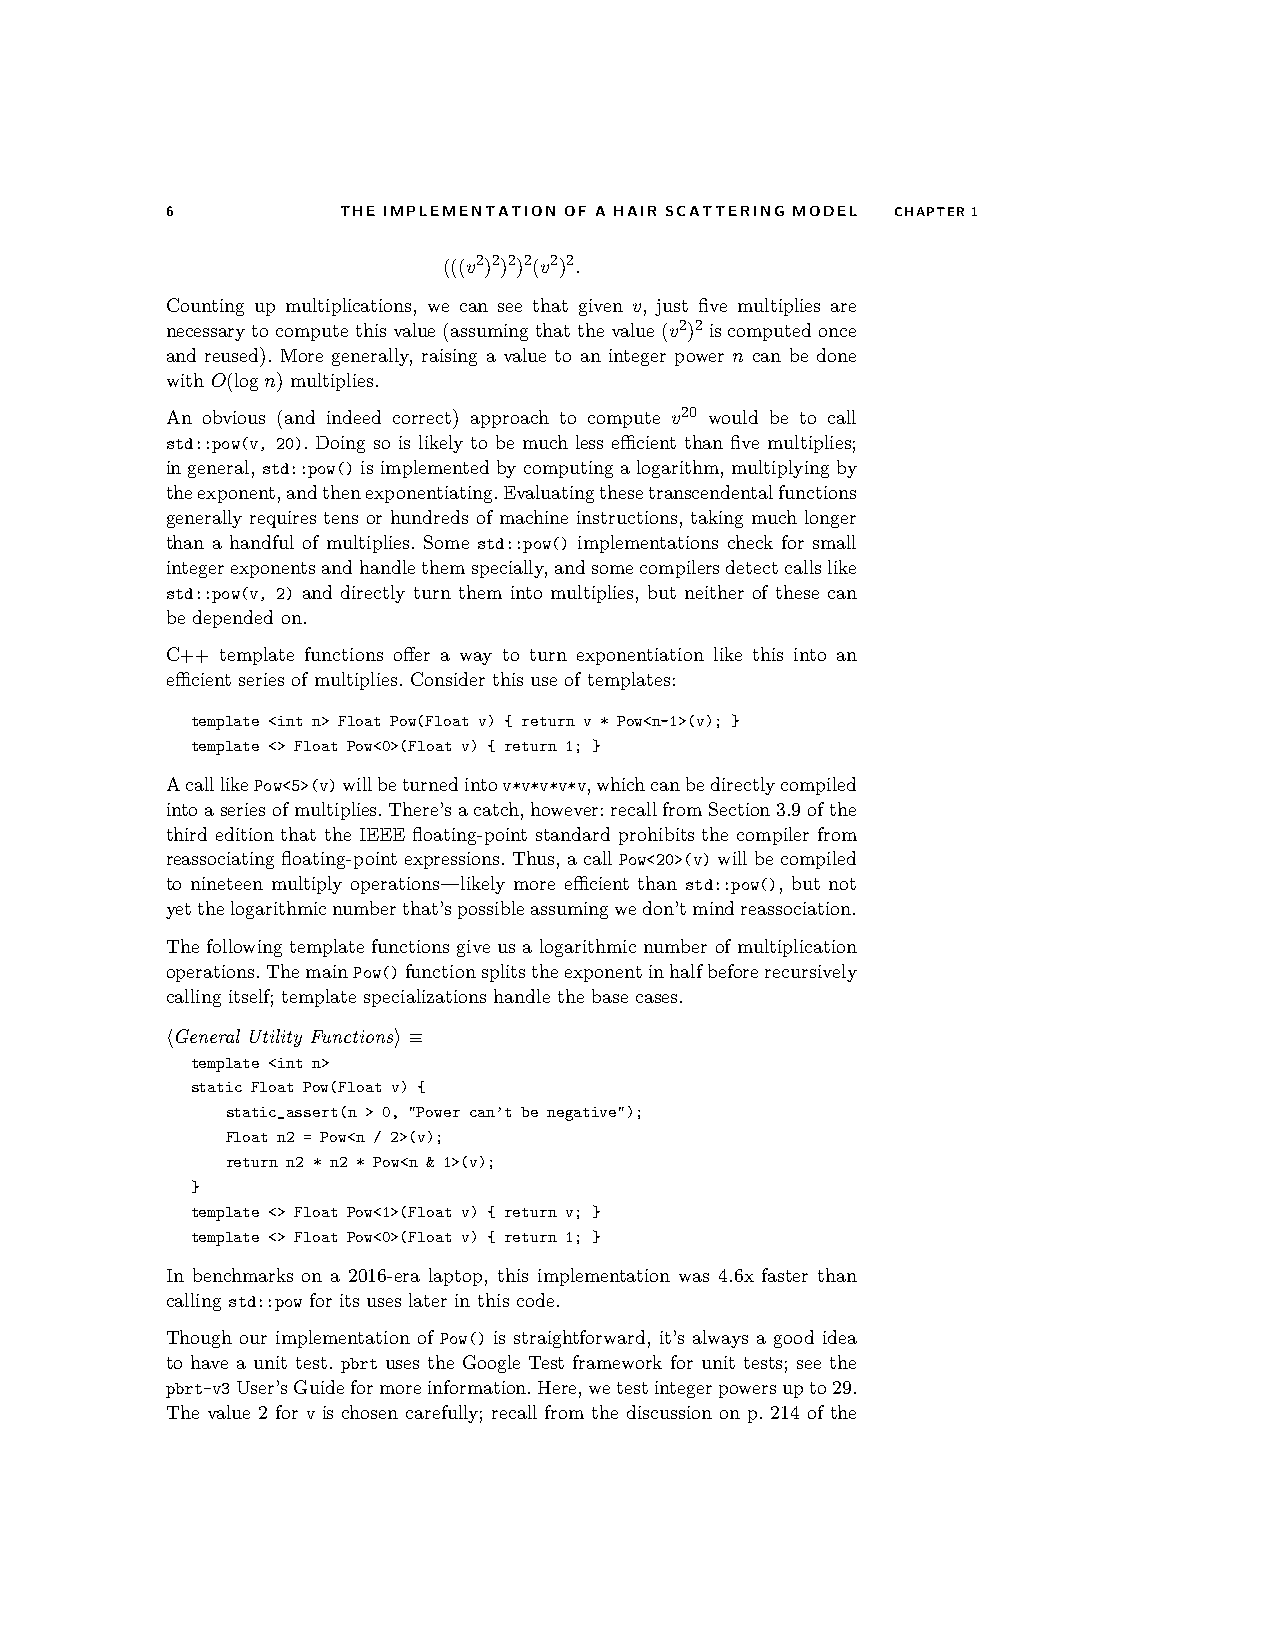
6          THE IMPLEMENTATION OF A HAIR SCATTERING MODEL CHAPTER1
 (((v2)2)2)2(v2)2.
 Counting up multiplications, we can see that given v, just five multiplies are
 necessarytocomputethisvalue(assumingthatthevalue(v2)2 iscomputedonce
 and reused). More generally, raising a value to an integer power n can be done
 with O(logn) multiplies.
 An obvious (and indeed correct) approach to compute v20 would be to call
 std::pow(v, 20). Doing so is likely to be much less efficient than five multiplies;
 ingeneral, std::pow()isimplemented bycomputingalogarithm, multiplyingby
 theexponent,andthenexponentiating.Evaluatingthesetranscendentalfunctions
 generally requires tens or hundreds of machine instructions, taking much longer
 than a handful of multiplies. Some std::pow() implementations check for small
 integerexponentsandhandlethemspecially,andsomecompilersdetectcallslike
 std::pow(v, 2) and directly turn them into multiplies, but neither of these can
 be depended on.
 C++ template functions offer a way to turn exponentiation like this into an
 efficient series of multiplies. Consider this use of templates:
 template <int n> Float Pow(Float v) { return v * Pow<n-1>(v); }
 template <> Float Pow<0>(Float v) { return 1; }
 AcalllikePow<5>(v)willbeturnedintov*v*v*v*v,whichcanbedirectlycompiled
 intoaseriesofmultiplies.There’sacatch,however:recallfromSection3.9ofthe
 third edition that the IEEE floating-point standard prohibits the compiler from
 reassociatingfloating-pointexpressions.Thus,acallPow<20>(v)willbecompiled
 to nineteen multiply operations—likely more efficient than std::pow(), but not
 yetthelogarithmicnumberthat’spossibleassumingwedon’tmindreassociation.
 The following template functions give us a logarithmic number of multiplication
 operations.ThemainPow()functionsplitstheexponentinhalfbeforerecursively
 calling itself; template specializations handle the base cases.
 hGeneral Utility Functionsi≡
 template <int n>
 static Float Pow(Float v) {
 static_assert(n > 0, "Power can’t be negative");
 Float n2 = Pow<n / 2>(v);
 return n2 * n2 * Pow<n & 1>(v);
 }
 template <> Float Pow<1>(Float v) { return v; }
 template <> Float Pow<0>(Float v) { return 1; }
 In benchmarks on a 2016-era laptop, this implementation was 4.6x faster than
 calling std::pow for its uses later in this code.
 Though our implementation of Pow() is straightforward, it’s always a good idea
 to have a unit test. pbrt uses the Google Test framework for unit tests; see the
 pbrt-v3User’sGuideformoreinformation.Here,wetestintegerpowersupto29.
 The value 2 for v is chosen carefully; recall from the discussion on p. 214 of the